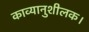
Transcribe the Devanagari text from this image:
काव्यानुशीलक।